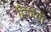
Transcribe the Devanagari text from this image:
मिजेंगो